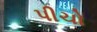
પીચો